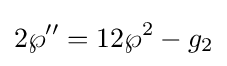
2\wp ''=12\wp ^{2}-g_{2}